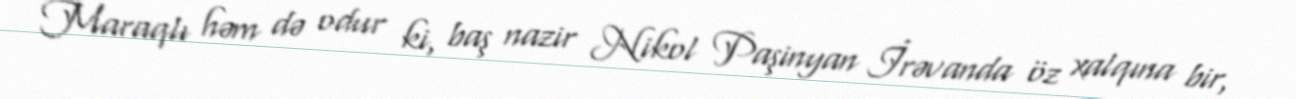
Maraqlı həm də odur ki, baş nazir Nikol Paşinyan İrəvanda öz xalqına bir,